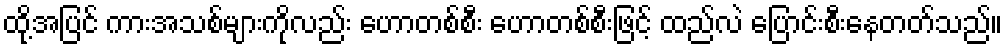
ထို့အပြင် ကားအသစ်များကိုလည်း ဟောတစ်စီး ဟောတစ်စီးဖြင့် ထည်လဲ ပြောင်းစီးနေတတ်သည်။